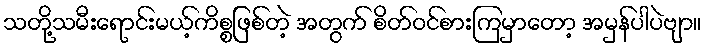
သတို့သမီးရောင်းမယ့်ကိစ္စဖြစ်တဲ့ အတွက် စိတ်ဝင်စားကြမှာတော့ အမှန်ပါပဲဗျာ။